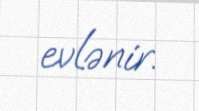
evlənir.